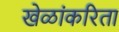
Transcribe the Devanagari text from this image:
खेळांकरिता